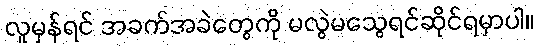
လူမှန်ရင် အခက်အခဲတွေကို မလွဲမသွေရင်ဆိုင်ရမှာပါ။